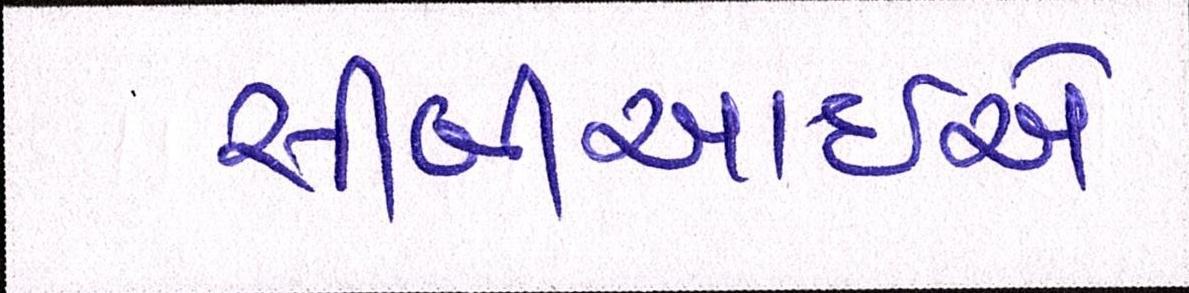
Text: સીબીઆઇએ